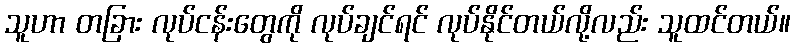
သူဟာ တခြား လုပ်ငန်းတွေကို လုပ်ချင်ရင် လုပ်နိုင်တယ်လို့လည်း သူထင်တယ်။